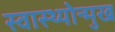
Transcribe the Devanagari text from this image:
स्वास्थ्योन्मुख